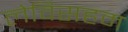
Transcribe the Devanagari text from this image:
लेविसहम